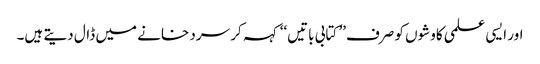
اور ایسی علمی کاوشوں کو صرف’’ کتابی باتیں‘‘ کہہ کر سرد خانے میں ڈال دیتے ہیں۔